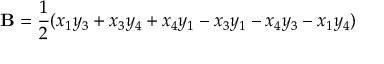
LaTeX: \mathbf { B } = { \frac { 1 } { 2 } } ( x _ { 1 } y _ { 3 } + x _ { 3 } y _ { 4 } + x _ { 4 } y _ { 1 } - x _ { 3 } y _ { 1 } - x _ { 4 } y _ { 3 } - x _ { 1 } y _ { 4 } )